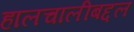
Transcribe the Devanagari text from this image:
हालचालीबद्दल